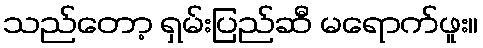
သည်တော့ ရှမ်းပြည်ဆီ မရောက်ဖူး။